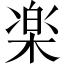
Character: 楽